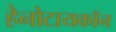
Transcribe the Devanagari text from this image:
हेनोटायकॉन